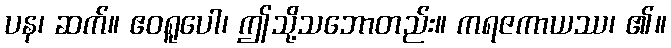
ပန၊ ဆက်။ ဧဝရူပေါ၊ ဤသို့သဘောတည်း။ ကရဇကာယဿ၊ ၏။